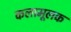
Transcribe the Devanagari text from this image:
कलामूलक